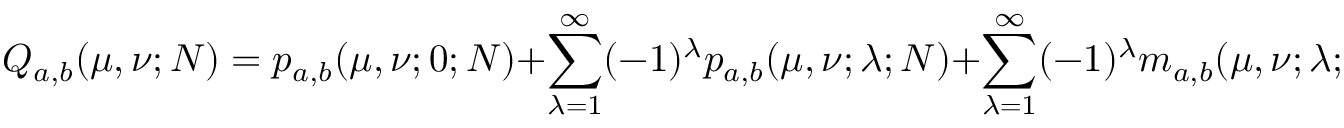
Q _ { a , b } ( \mu , \nu ; N ) = p _ { a , b } ( \mu , \nu ; 0 ; N ) + \sum _ { \lambda = 1 } ^ { \infty } ( - 1 ) ^ { \lambda } p _ { a , b } ( \mu , \nu ; \lambda ; N ) + \sum _ { \lambda = 1 } ^ { \infty } ( - 1 ) ^ { \lambda } m _ { a , b } ( \mu , \nu ; \lambda ; N ) .